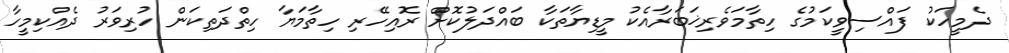
ދެމީހަކު ފައްސިވީކަމުގެ ހިތާމަވެރިޚަބަރާއެކު މީޑިޔާތަކާ ބައްދަލުކޮށް ރޮއިހޭރި ހިތާމަޔާ ހިތްދަތިކަން ހުރިވަރު ދެއްކިމީހާ